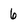
Character: 6